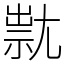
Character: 㞊